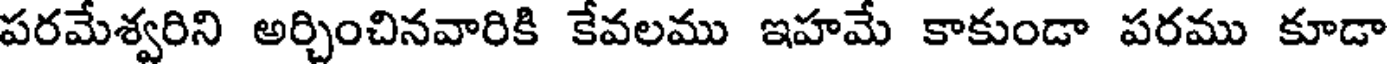
పరమేశ్వరిని అర్చించినవారికి కేవలము ఇహమే కాకుండా పరము కూడా